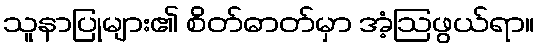
သူနာပြုများ၏ စိတ်ဓာတ်မှာ အံ့ဩဖွယ်ရာ။